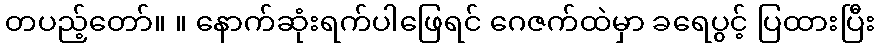
တပည့်တော်။ ။ နောက်ဆုံးရက်ပါဖြေရင် ဂေဇက်ထဲမှာ ခရေပွင့် ပြထားပြီး